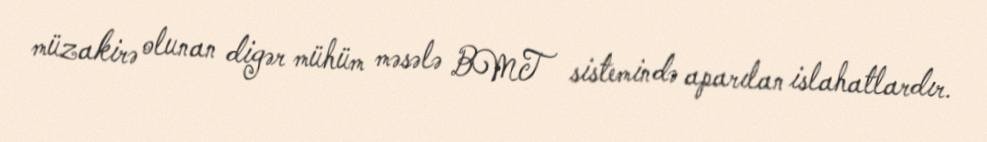
müzakirə olunan digər mühüm məsələ BMT sistemində aparılan islahatlardır.